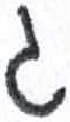
אות: ג